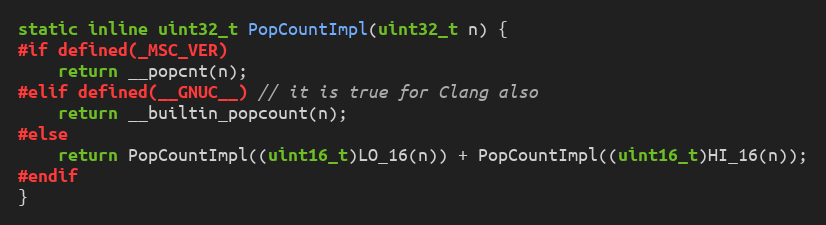
Language: C
static inline uint32_t PopCountImpl(uint32_t n) {
#if defined(_MSC_VER)
    return __popcnt(n);
#elif defined(__GNUC__) // it is true for Clang also
    return __builtin_popcount(n);
#else
    return PopCountImpl((uint16_t)LO_16(n)) + PopCountImpl((uint16_t)HI_16(n));
#endif
}